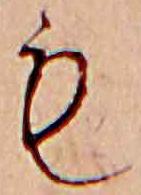
も